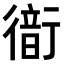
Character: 𧗹